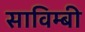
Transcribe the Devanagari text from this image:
साविम्बी